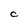
Character: C